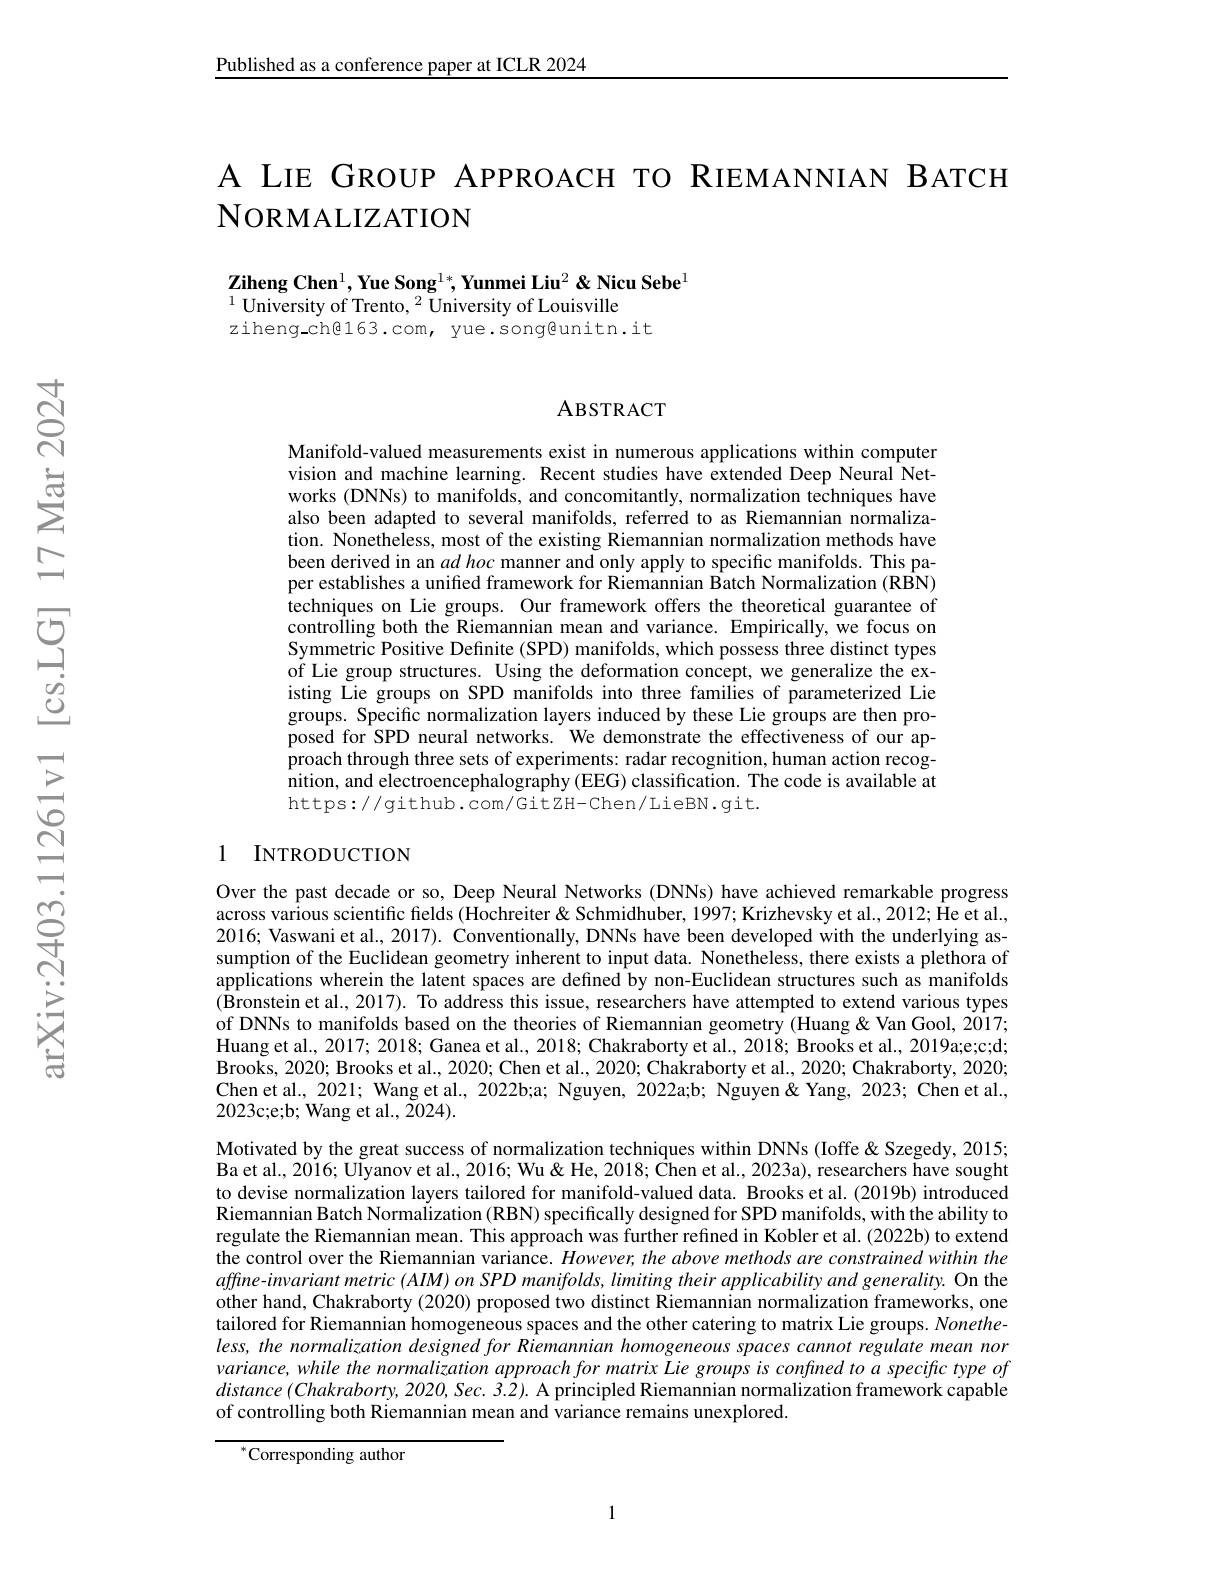
Published as a conference paper at ICLR 2024

A LIE GROUP APPROACH TO RIEMANNIAN BATCH
# NORMALIZATION

$\mathbf{ZihengChen^{1},YueSong^{1*},YunmeiLiu^{2}\&NicuSebe^{1}}$
$^{1}\bar{\text{University of Trento, }^{2}}\bar{\text{University of Louisville}}$
$ziheng\_ch@163.com, yue.song@unitn.it$

### ABSTRACT

Manifold-valued measurements exist in numerous applications within computer vision and machine learning. Recent studies have extended Deep Neural Networks (DNNs) to manifolds, and concomitantly, normalization techniques have also been adapted to several manifolds, referred to as Riemannian normalization. Nonetheless, most of the existing Riemannian normalization methods have been derived in an $ad\textit{hoc manner and only apply to specific manifolds. This pa- }$ per establishes a unified framework for Riemannian Batch Normalization (RBN) techniques on Lie groups. Our framework offers the theoretical guarantee of controlling both the Riemannian mean and variance. Empirically, we focus on Symmetric Positive Definite (SPD) manifolds, which possess three distinct types of Lie group structures. Using the deformation concept, we generalize the existing Lie groups on SPD manifolds into three families of parameterized Lie groups. Specific normalization layers induced by these Lie groups are then proposed for SPD neural networks. We demonstrate the effectiveness of our approach through three sets of experiments: radar recognition, human action recognition, and electroencephalography (EEG) classification. The code is available at https://github.com/GitZH-Chen/LieBN.git.

### 1 INTRODUCTION

Over the past decade or so, Deep Neural Networks (DNNs) have achieved remarkable progress across various scientific fields (Hochreiter & Schmidhuber, 1997; Krizhevsky et al., 2012; He et al., 2016; Vaswani et al., 2017). Conventionally, DNNs have been developed with the underlying assumption of the Euclidean geometry inherent to input data. Nonetheless, there exists a plethora of applications wherein the latent spaces are defined by non-Euclidean structures such as manifolds $(\hat{\text{Bronsteinetal.,2017}}).$ To address this issue, researchers have attempted to extend various types of DNNs to manifolds based on the theories of Riemannian geometry (Huang &Van Gool, 2017; Huang et al., 2017; 2018; Ganea et al., 2018; Chakraborty et al., 2018; Brooks et al., 2019a;e;c;d; Brooks, 2020; Brooks et al., 2020; Chen et al., 2020; Chakraborty et al., 2020; Chakraborty, 2020; Chen et al., 2021; Wang et al., 2022b;a; Nguyen, 2022a;b; Nguyen& Yang, 2023; Chen et al., 2023c;e;b; Wang et al., Z024).

Motivated by the great success of normalization techniques within DNNs (Ioffe&Szegedy, 2015; Ba et al., 2016; UIyanov et al., 2016; Wu& He, 2018; Chen et al., 2023a), researchers have sought to devise normalization layers tailored for manifold-valued data. Brooks et al.(2019b) introduced Riemannian Batch Normalization (RBN) specifically designed for SPD manifolds, with the ability to regulate the Riemannian mean. This approach was further refined in Kobler et al. (2022b) to extend the control over the Riemannian variance. $However,theabovemethodsareconstrainedwithinthe$ affine-invariant metric (AIM) on SPD manifolds, limiting their applicability and generality. On the other hand, Chakraborty (2020) proposed two distinct Riemannian normalization frameworks, one tailored for Riemannian homogeneous spaces and the other catering to matrix Lie groups. $Nonethe-$ less, the normalization designed for Riemannian homogeneous spaces cannot regulate mean nor variance, while the normalization approach for matrix Lie groups is confined to a specific type of $distance(Chakraborty,2020,Sec.3.2).$ A principled Riemannian normalization framework capable of controlling both Riemannian mean and variance remains unexplored.

$^{*}$Corresponding author